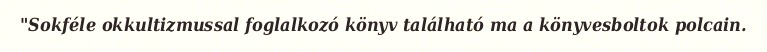
"Sokféle okkultizmussal foglalkozó könyv található ma a könyvesboltok polcain.